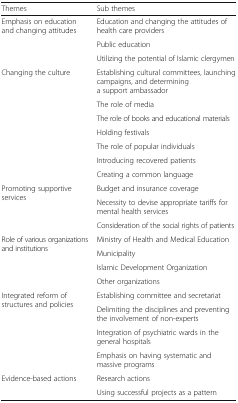
| Themes | Sub themes |
 | --- | --- |
 | <ROWSPAN=3> Emphasis on education and changing attitudes | Education and changing the attitudes of health care providers |
 | Public education |
 | Utilizing the potential of Islamic clergymen |
 | <ROWSPAN=7> Changing the culture | Establishing cultural committees, launching campaigns, and determining a support ambassador |
 | The role of media |
 | The role of books and educational materials |
 | Holding festivals |
 | The role of popular individuals |
 | Introducing recovered patients |
 | Creating a common language |
 | <ROWSPAN=3> Promoting supportive services | Budget and insurance coverage |
 | Necessity to devise appropriate tariffs for mental health services |
 | Consideration of the social rights of patients |
 | <ROWSPAN=4> Role of various organizations and institutions | Ministry of Health and Medical Education |
 | Municipality |
 | Islamic Development Organization |
 | Other organizations |
 | <ROWSPAN=4> Integrated reform of structures and policies | Establishing committee and secretariat |
 | Delimiting the disciplines and preventing the involvement of non-experts |
 | Integration of psychiatric wards in the general hospitals |
 | Emphasis on having systematic and massive programs |
 | <ROWSPAN=2> Evidence-based actions | Research actions |
 | Using successful projects as a pattern |